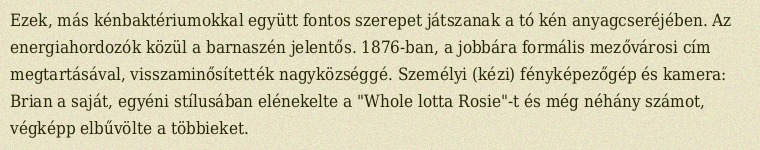
Ezek, más kénbaktériumokkal együtt fontos szerepet játszanak a tó kén anyagcseréjében. Az energiahordozók közül a barnaszén jelentős. 1876-ban, a jobbára formális mezővárosi cím megtartásával, visszaminősítették nagyközséggé. Személyi (kézi) fényképezőgép és kamera: Brian a saját, egyéni stílusában elénekelte a "Whole lotta Rosie"-t és még néhány számot, végképp elbűvölte a többieket.